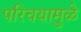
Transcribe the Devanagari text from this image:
परिचयामुळे